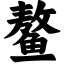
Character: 鳌